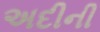
અદીની